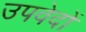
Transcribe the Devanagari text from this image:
उपवेदाें